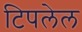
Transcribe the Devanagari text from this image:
टिपलेल